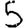
Digit: 5